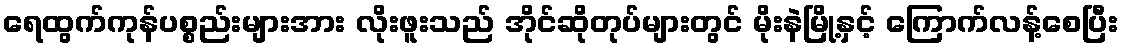
ရေထွက်ကုန်ပစ္စည်းများအား လိုးဖူးသည် အိုင်ဆိုတုပ်များတွင် မိုးနဲမြို့နှင့် ကြောက်လန့်စေပြီး